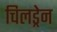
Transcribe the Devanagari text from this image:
चिलड्रेन